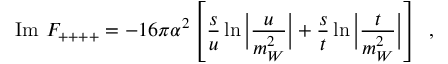
\mathrm { I m ~ } F _ { + + + + } = - 1 6 \pi \alpha ^ { 2 } \left[ \frac { s } { u } \ln \Big | \frac { u } { m _ { W } ^ { 2 } } \Big | + \frac { s } { t } \ln \Big | \frac { t } { m _ { W } ^ { 2 } } \Big | \right] \, \, \, ,